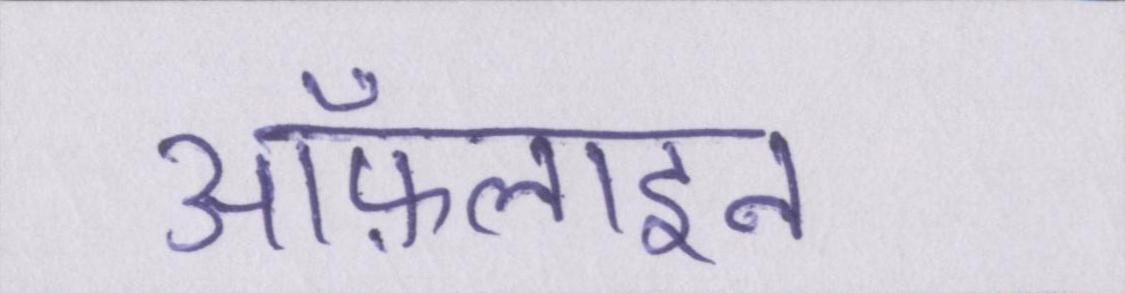
ऑफ़लाइन